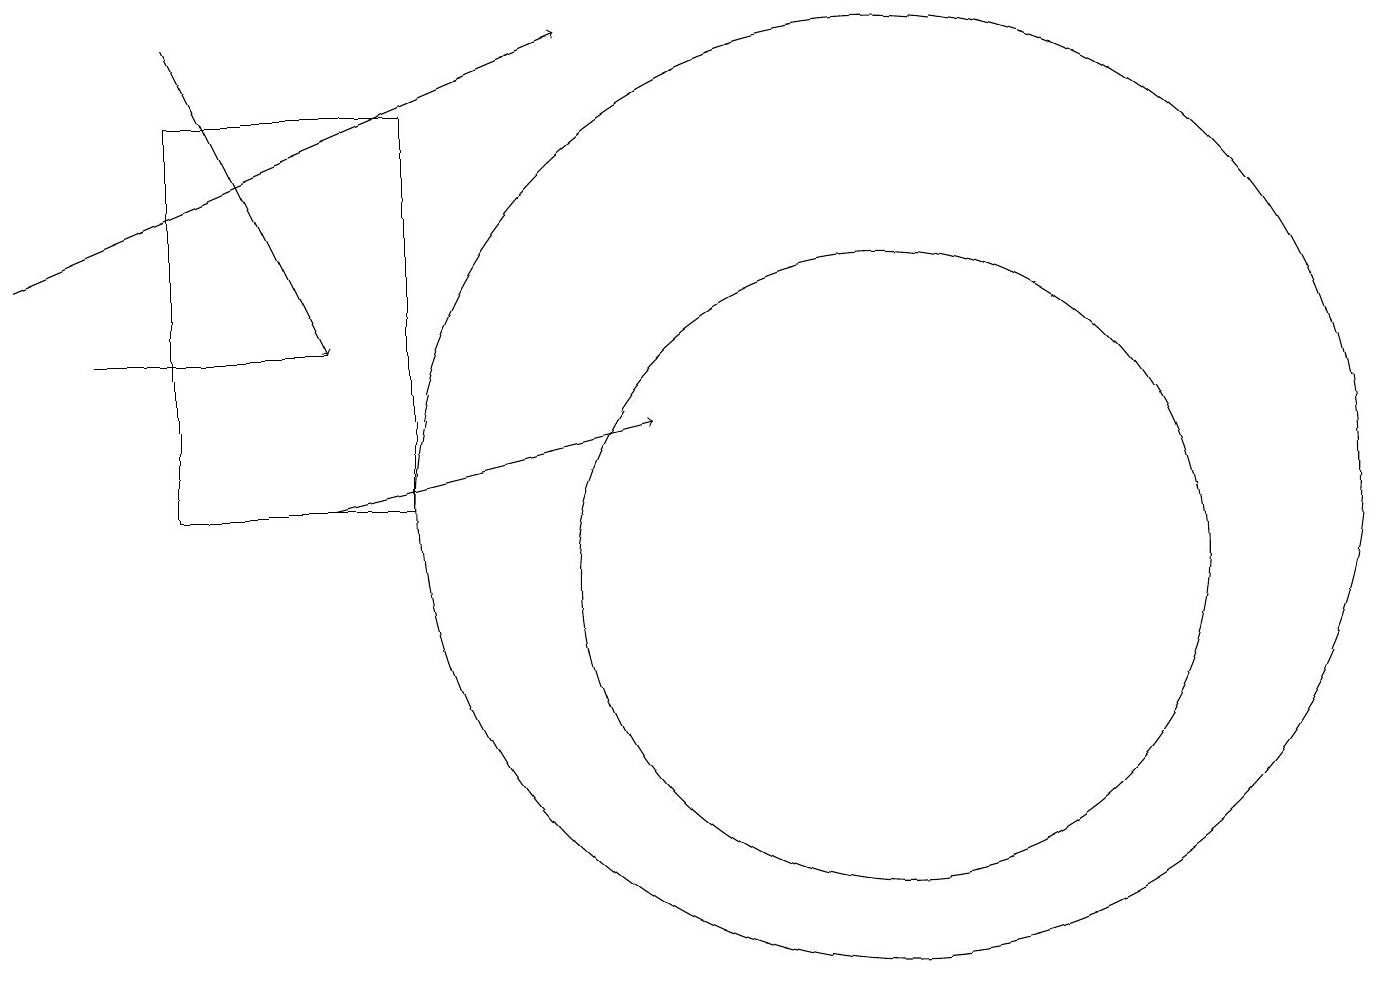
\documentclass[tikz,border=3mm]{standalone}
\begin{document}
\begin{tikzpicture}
\draw[->] (4,11) -- (8,12);
\draw (11,11) circle (6);
\draw[->] (0,14) -- (7,17);
\draw (2,16) rectangle (5,11);
\draw (1,13) rectangle (4,13);
\draw (11,10) circle (4);
\draw[->] (2,17) -- (4,13);
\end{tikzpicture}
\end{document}